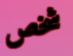
شخص